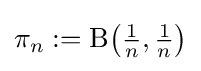
\pi _{n}\mathrel {:=} \mathrm {B} {\bigl (}{\tfrac {1}{n}},{\tfrac {1}{n}}{\bigr )}